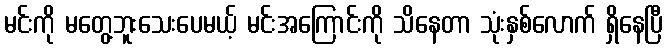
မင်းကို မတွေ့ဘူးသေးပေမယ့် မင်းအကြောင်းကို သိနေတာ သုံးနှစ်လောက် ရှိနေပြီ